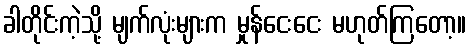
ခါတိုင်းကဲ့သို့ မျက်လုံးများက မှုန်ငေးငေး မဟုတ်ကြတော့။